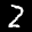
Label: 2